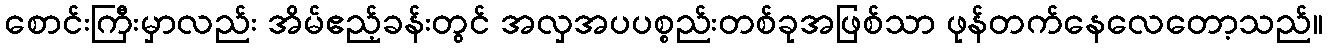
စောင်းကြီးမှာလည်း အိမ်ဧည့်ခန်းတွင် အလှအပပစ္စည်းတစ်ခုအဖြစ်သာ ဖုန်တက်နေလေတော့သည်။